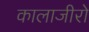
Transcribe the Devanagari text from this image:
कालाजीरो